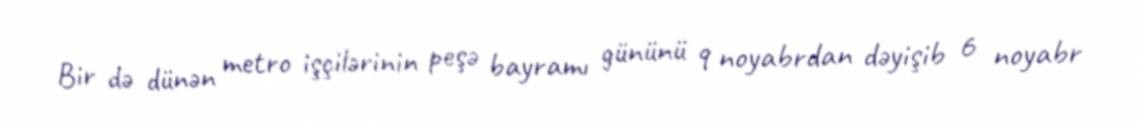
Bir də dünən metro işçilərinin peşə bayramı gününü 9 noyabrdan dəyişib 6 noyabr